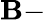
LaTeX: \mathbf{B}-